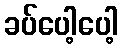
ခပ်ပေါ့ပေါ့